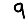
Digit: 9